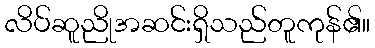
လိပ်ဆူညိုအဆင်းရှိသည်တူကုန်၏။